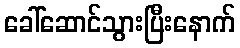
ခေါ်ဆောင်သွားပြီးနောက်